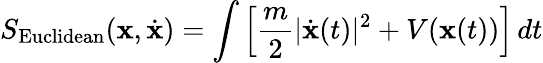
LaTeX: S_{\mathrm{Euclidean}}(\mathbf{x},{\dot{\mathbf{x}}})=\int\left[{\frac{m}{2}}|{\dot{\mathbf{x}}}(t)|^{2}+V(\mathbf{x}(t))\right]\, dt